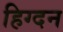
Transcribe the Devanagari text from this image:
हिग्दन